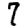
Digit: 7